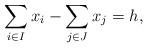
LaTeX: \begin{align*}\sum_{i \in I} x_{i} - \sum_{j \in J} x_{j} = h, \end{align*}